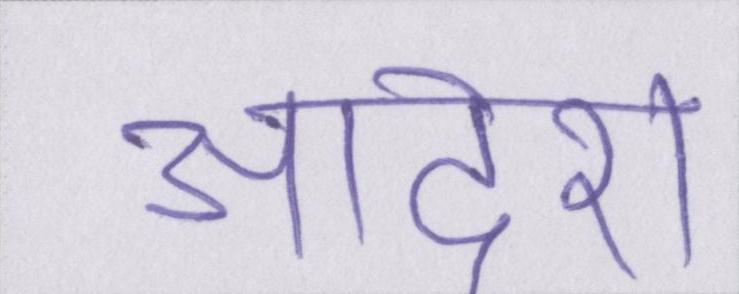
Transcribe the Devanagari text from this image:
आदेश